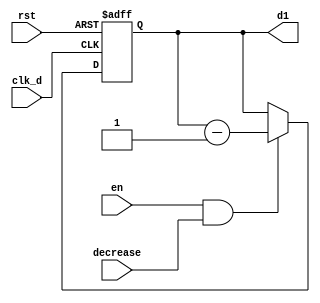
`timescale 1ns / 1ps
//////////////////////////////////////////////////////////////////////////////////
// Company: 
// Engineer: 
// 
// Design Name: 
// Module Name: downcounter_d0
// Project Name: 
// Target Devices: 
// Tool Versions: 
// Description: 
// 
// Dependencies: 
// 
// Revision:
// Revision 0.01 - File Created
// Additional Comments:
// 
//////////////////////////////////////////////////////////////////////////////////


module downcounter_d1(
     clk_d,
     en,
     rst,
     decrease,
     d1
    );
    input clk_d;
    input en;
    input rst;
    input decrease;
    output reg [3:0] d1;
    reg [3:0] d1_tmp;
    
    always@( posedge clk_d or posedge rst)
        if(rst)
            d1 = 4'b0011;                  //Q3
        else
            d1 = d1_tmp;
     
     
     always@( d1 or en or decrease)
        if(  en && decrease ) 
            d1_tmp <= d1 - 1'b1;                    //H00
        else if( ~en )                      //
            d1_tmp <= d1;                    
        else if( ~decrease)            //2X->1X
            d1_tmp <= d1;
        else
            d1_tmp <= d1;
endmodule